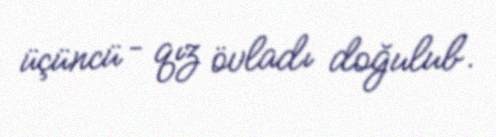
üçüncü – qız övladı doğulub.